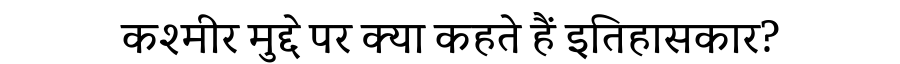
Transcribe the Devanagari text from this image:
कश्मीर मुद्दे पर क्या कहते हैं इतिहासकार?